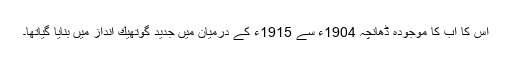
اس کا اب کا موجودہ ڈھانچہ 1904ء سے 1915ء کے درمیان میں جدید گوتھیك انداز میں بنایا گیاتھا۔